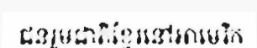
ជនរួមជាតិខ្មែរនៅអាមេរិក